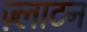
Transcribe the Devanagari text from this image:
ज़्लाटन